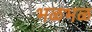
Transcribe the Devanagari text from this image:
भळभळ